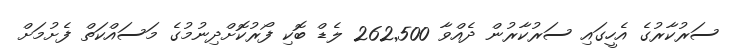
ސަރުކާރުގެ އެހީގައި ސަރުކާރުން ދެއްވާ 262